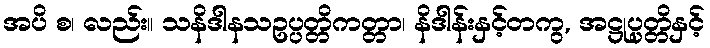
အပိ စ၊ လည်း။ သနိဒါနသဥပ္ပတ္တိကတ္တာ၊ နိဒါန်းနှင့်တကွ, အဋ္ဌုပ္ပတ္တိနှင့်